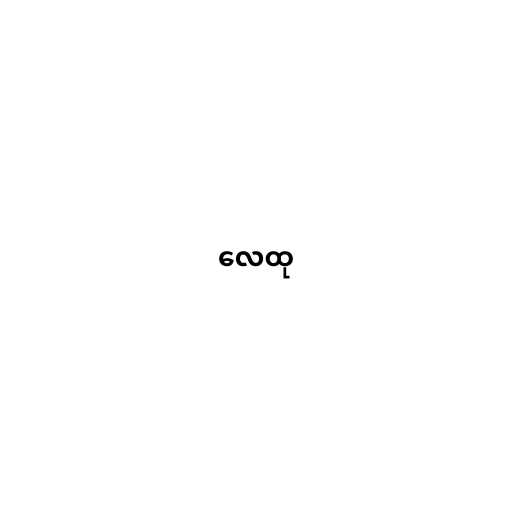
လေထု